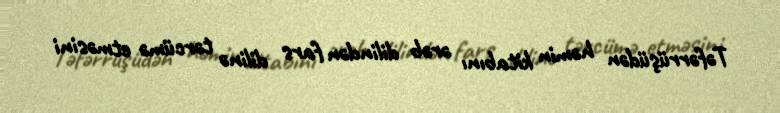
Təfərrüşüdən həmin kitabını ərəb dilindən fars dilinə tərcümə etməsini